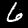
Label: 6